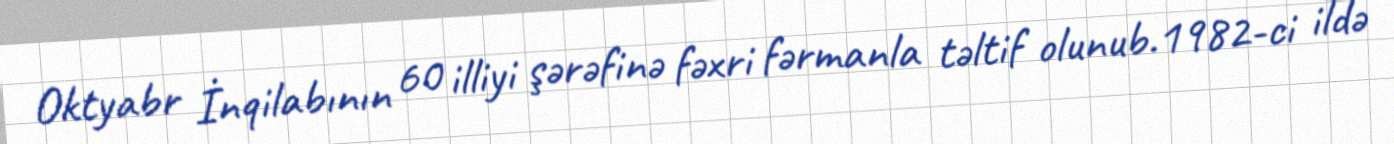
Oktyabr İnqilabının 60 illiyi şərəfinə fəxri fərmanla təltif olunub.1982-ci ildə